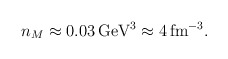
\begin{align*}n_M \approx 0.03\, {\rm GeV}^3 \approx 4\, {\rm fm}^{-3}.\end{align*}